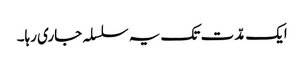
ایک مدّت تک یہ سلسلہ جاری رہا۔